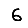
Digit: 6